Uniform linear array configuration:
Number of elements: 8
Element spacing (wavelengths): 1
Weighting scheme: exponential
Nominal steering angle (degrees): -30
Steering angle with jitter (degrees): -31.115
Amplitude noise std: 0.05
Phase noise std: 0.05

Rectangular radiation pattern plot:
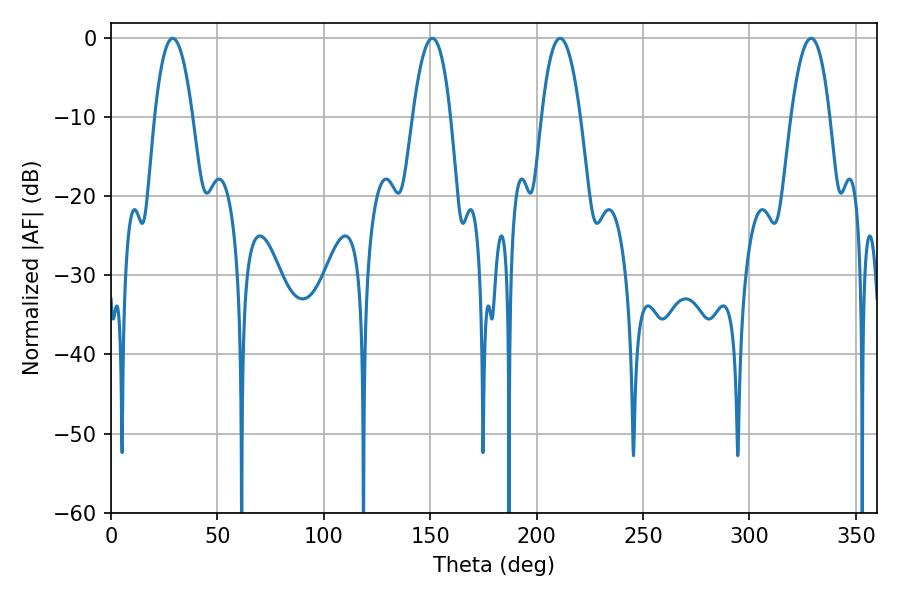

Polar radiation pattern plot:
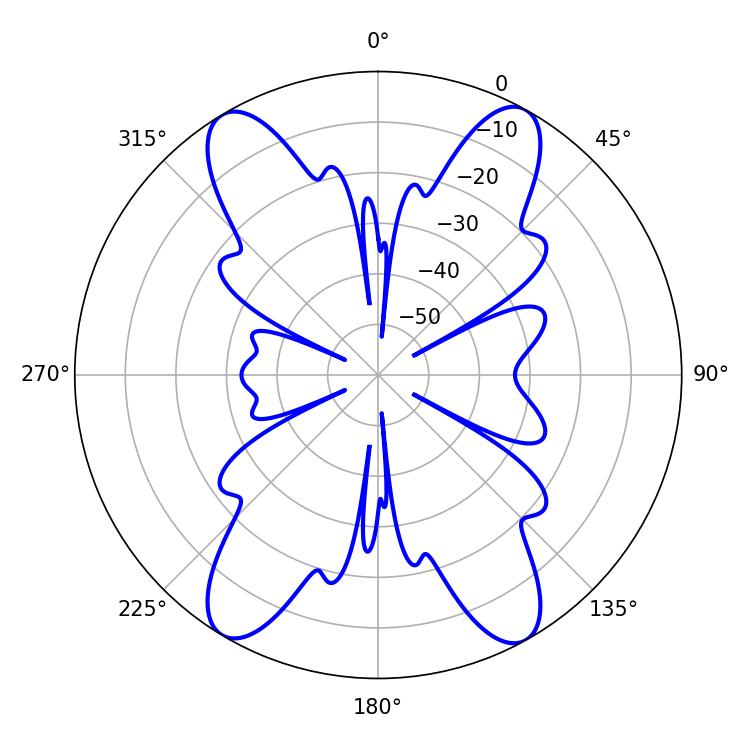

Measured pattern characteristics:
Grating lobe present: TRUE
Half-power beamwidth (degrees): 9.72
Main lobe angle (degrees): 28.98